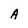
Character: A